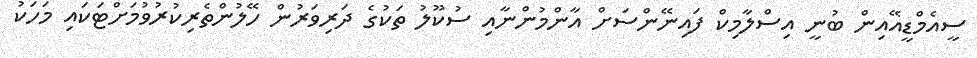
ސީއެމްޑީއޭއިން ބުނީ އިސްލާމިކް ފައިނޭންސަށް އާންމުންނާއި ސުކޫލު ތަކުގެ ދަރިވަރުން ހޭލުންތެރިކުރުވުމަށްޓަކައި މަހަކު